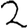
Digit: 2